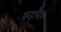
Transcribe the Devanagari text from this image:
कहावै॥